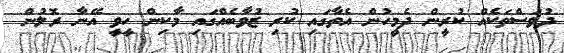
ދުވަސްތަކެއް ކުރީން ދެމީހުން އެތާގައި ކުރި ޒުވާބެއްގައި މާކިން ހީވީ އޭނާ ރޮލުން